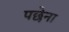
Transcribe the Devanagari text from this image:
पछेना